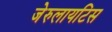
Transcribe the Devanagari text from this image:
जेरुलायटिस